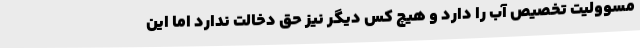
مسوولیت تخصیص آب را دارد و هیچ کس دیگر نیز حق دخالت ندارد اما این